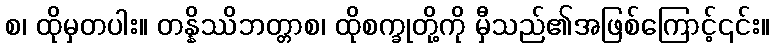
စ၊ ထိုမှတပါး။ တန္နိဿိဘတ္တာစ၊ ထိုစက္ခုတို့ကို မှီသည်၏အဖြစ်ကြောင့်၎င်း။